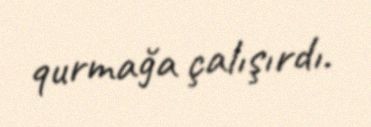
qurmağa çalışırdı.